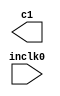
// megafunction wizard: %ALTPLL%VBB%
// GENERATION: STANDARD
// VERSION: WM1.0
// MODULE: altpll 

// ============================================================
// Megafunction Name(s):
// 			altpll
//
// Simulation Library Files(s):
// 			altera_mf
// ============================================================
// ************************************************************
// THIS IS A WIZARD-GENERATED FILE. DO NOT EDIT THIS FILE!
//
// 18.1.0 Build 625 09/12/2018 SJ Lite Edition
// ************************************************************

//Copyright (C) 2018  Intel Corporation. All rights reserved.
//Your use of Intel Corporation's design tools, logic functions 
//and other software and tools, and its AMPP partner logic 
//functions, and any output files from any of the foregoing 
//(including device programming or simulation files), and any 
//associated documentation or information are expressly subject 
//to the terms and conditions of the Intel Program License 
//Subscription Agreement, the Intel Quartus Prime License Agreement,
//the Intel FPGA IP License Agreement, or other applicable license
//agreement, including, without limitation, that your use is for
//the sole purpose of programming logic devices manufactured by
//Intel and sold by Intel or its authorized distributors.  Please
//refer to the applicable agreement for further details.

module cpu_pll (
	inclk0,
	c1);

	input	  inclk0;
	output	  c1;

endmodule

// ============================================================
// CNX file retrieval info
// ============================================================
// Retrieval info: PRIVATE: ACTIVECLK_CHECK STRING "0"
// Retrieval info: PRIVATE: BANDWIDTH STRING "1.000"
// Retrieval info: PRIVATE: BANDWIDTH_FEATURE_ENABLED STRING "1"
// Retrieval info: PRIVATE: BANDWIDTH_FREQ_UNIT STRING "MHz"
// Retrieval info: PRIVATE: BANDWIDTH_PRESET STRING "Low"
// Retrieval info: PRIVATE: BANDWIDTH_USE_AUTO STRING "1"
// Retrieval info: PRIVATE: BANDWIDTH_USE_PRESET STRING "0"
// Retrieval info: PRIVATE: CLKBAD_SWITCHOVER_CHECK STRING "0"
// Retrieval info: PRIVATE: CLKLOSS_CHECK STRING "0"
// Retrieval info: PRIVATE: CLKSWITCH_CHECK STRING "0"
// Retrieval info: PRIVATE: CNX_NO_COMPENSATE_RADIO STRING "0"
// Retrieval info: PRIVATE: CREATE_CLKBAD_CHECK STRING "0"
// Retrieval info: PRIVATE: CREATE_INCLK1_CHECK STRING "0"
// Retrieval info: PRIVATE: CUR_DEDICATED_CLK STRING "c1"
// Retrieval info: PRIVATE: CUR_FBIN_CLK STRING "c0"
// Retrieval info: PRIVATE: DEVICE_SPEED_GRADE STRING "Any"
// Retrieval info: PRIVATE: DIV_FACTOR1 NUMERIC "1"
// Retrieval info: PRIVATE: DUTY_CYCLE1 STRING "50.00000000"
// Retrieval info: PRIVATE: EFF_OUTPUT_FREQ_VALUE1 STRING "3.250000"
// Retrieval info: PRIVATE: EXPLICIT_SWITCHOVER_COUNTER STRING "0"
// Retrieval info: PRIVATE: EXT_FEEDBACK_RADIO STRING "0"
// Retrieval info: PRIVATE: GLOCKED_COUNTER_EDIT_CHANGED STRING "1"
// Retrieval info: PRIVATE: GLOCKED_FEATURE_ENABLED STRING "0"
// Retrieval info: PRIVATE: GLOCKED_MODE_CHECK STRING "0"
// Retrieval info: PRIVATE: GLOCK_COUNTER_EDIT NUMERIC "1048575"
// Retrieval info: PRIVATE: HAS_MANUAL_SWITCHOVER STRING "1"
// Retrieval info: PRIVATE: INCLK0_FREQ_EDIT STRING "50.000"
// Retrieval info: PRIVATE: INCLK0_FREQ_UNIT_COMBO STRING "MHz"
// Retrieval info: PRIVATE: INCLK1_FREQ_EDIT STRING "100.000"
// Retrieval info: PRIVATE: INCLK1_FREQ_EDIT_CHANGED STRING "1"
// Retrieval info: PRIVATE: INCLK1_FREQ_UNIT_CHANGED STRING "1"
// Retrieval info: PRIVATE: INCLK1_FREQ_UNIT_COMBO STRING "MHz"
// Retrieval info: PRIVATE: INTENDED_DEVICE_FAMILY STRING "Cyclone IV E"
// Retrieval info: PRIVATE: INT_FEEDBACK__MODE_RADIO STRING "1"
// Retrieval info: PRIVATE: LOCKED_OUTPUT_CHECK STRING "0"
// Retrieval info: PRIVATE: LONG_SCAN_RADIO STRING "1"
// Retrieval info: PRIVATE: LVDS_MODE_DATA_RATE STRING "Not Available"
// Retrieval info: PRIVATE: LVDS_MODE_DATA_RATE_DIRTY NUMERIC "0"
// Retrieval info: PRIVATE: LVDS_PHASE_SHIFT_UNIT1 STRING "ps"
// Retrieval info: PRIVATE: MIG_DEVICE_SPEED_GRADE STRING "Any"
// Retrieval info: PRIVATE: MIRROR_CLK1 STRING "0"
// Retrieval info: PRIVATE: MULT_FACTOR1 NUMERIC "1"
// Retrieval info: PRIVATE: NORMAL_MODE_RADIO STRING "1"
// Retrieval info: PRIVATE: OUTPUT_FREQ1 STRING "3.25000000"
// Retrieval info: PRIVATE: OUTPUT_FREQ_MODE1 STRING "1"
// Retrieval info: PRIVATE: OUTPUT_FREQ_UNIT1 STRING "MHz"
// Retrieval info: PRIVATE: PHASE_RECONFIG_FEATURE_ENABLED STRING "1"
// Retrieval info: PRIVATE: PHASE_RECONFIG_INPUTS_CHECK STRING "0"
// Retrieval info: PRIVATE: PHASE_SHIFT1 STRING "0.00000000"
// Retrieval info: PRIVATE: PHASE_SHIFT_STEP_ENABLED_CHECK STRING "0"
// Retrieval info: PRIVATE: PHASE_SHIFT_UNIT1 STRING "ps"
// Retrieval info: PRIVATE: PLL_ADVANCED_PARAM_CHECK STRING "0"
// Retrieval info: PRIVATE: PLL_ARESET_CHECK STRING "0"
// Retrieval info: PRIVATE: PLL_AUTOPLL_CHECK NUMERIC "1"
// Retrieval info: PRIVATE: PLL_ENHPLL_CHECK NUMERIC "0"
// Retrieval info: PRIVATE: PLL_FASTPLL_CHECK NUMERIC "0"
// Retrieval info: PRIVATE: PLL_FBMIMIC_CHECK STRING "0"
// Retrieval info: PRIVATE: PLL_LVDS_PLL_CHECK NUMERIC "0"
// Retrieval info: PRIVATE: PLL_PFDENA_CHECK STRING "0"
// Retrieval info: PRIVATE: PLL_TARGET_HARCOPY_CHECK NUMERIC "0"
// Retrieval info: PRIVATE: PRIMARY_CLK_COMBO STRING "inclk0"
// Retrieval info: PRIVATE: RECONFIG_FILE STRING "cpu_pll.mif"
// Retrieval info: PRIVATE: SACN_INPUTS_CHECK STRING "0"
// Retrieval info: PRIVATE: SCAN_FEATURE_ENABLED STRING "1"
// Retrieval info: PRIVATE: SELF_RESET_LOCK_LOSS STRING "0"
// Retrieval info: PRIVATE: SHORT_SCAN_RADIO STRING "0"
// Retrieval info: PRIVATE: SPREAD_FEATURE_ENABLED STRING "0"
// Retrieval info: PRIVATE: SPREAD_FREQ STRING "50.000"
// Retrieval info: PRIVATE: SPREAD_FREQ_UNIT STRING "KHz"
// Retrieval info: PRIVATE: SPREAD_PERCENT STRING "0.500"
// Retrieval info: PRIVATE: SPREAD_USE STRING "0"
// Retrieval info: PRIVATE: SRC_SYNCH_COMP_RADIO STRING "0"
// Retrieval info: PRIVATE: STICKY_CLK1 STRING "1"
// Retrieval info: PRIVATE: SWITCHOVER_COUNT_EDIT NUMERIC "1"
// Retrieval info: PRIVATE: SWITCHOVER_FEATURE_ENABLED STRING "1"
// Retrieval info: PRIVATE: SYNTH_WRAPPER_GEN_POSTFIX STRING "0"
// Retrieval info: PRIVATE: USE_CLK1 STRING "1"
// Retrieval info: PRIVATE: USE_CLKENA1 STRING "0"
// Retrieval info: PRIVATE: USE_MIL_SPEED_GRADE NUMERIC "0"
// Retrieval info: PRIVATE: ZERO_DELAY_RADIO STRING "0"
// Retrieval info: LIBRARY: altera_mf altera_mf.altera_mf_components.all
// Retrieval info: CONSTANT: BANDWIDTH_TYPE STRING "AUTO"
// Retrieval info: CONSTANT: CLK1_DIVIDE_BY NUMERIC "200"
// Retrieval info: CONSTANT: CLK1_DUTY_CYCLE NUMERIC "50"
// Retrieval info: CONSTANT: CLK1_MULTIPLY_BY NUMERIC "13"
// Retrieval info: CONSTANT: CLK1_PHASE_SHIFT STRING "0"
// Retrieval info: CONSTANT: COMPENSATE_CLOCK STRING "CLK1"
// Retrieval info: CONSTANT: INCLK0_INPUT_FREQUENCY NUMERIC "20000"
// Retrieval info: CONSTANT: INTENDED_DEVICE_FAMILY STRING "Cyclone IV E"
// Retrieval info: CONSTANT: LPM_TYPE STRING "altpll"
// Retrieval info: CONSTANT: OPERATION_MODE STRING "NORMAL"
// Retrieval info: CONSTANT: PLL_TYPE STRING "AUTO"
// Retrieval info: CONSTANT: PORT_ACTIVECLOCK STRING "PORT_UNUSED"
// Retrieval info: CONSTANT: PORT_ARESET STRING "PORT_UNUSED"
// Retrieval info: CONSTANT: PORT_CLKBAD0 STRING "PORT_UNUSED"
// Retrieval info: CONSTANT: PORT_CLKBAD1 STRING "PORT_UNUSED"
// Retrieval info: CONSTANT: PORT_CLKLOSS STRING "PORT_UNUSED"
// Retrieval info: CONSTANT: PORT_CLKSWITCH STRING "PORT_UNUSED"
// Retrieval info: CONSTANT: PORT_CONFIGUPDATE STRING "PORT_UNUSED"
// Retrieval info: CONSTANT: PORT_FBIN STRING "PORT_UNUSED"
// Retrieval info: CONSTANT: PORT_INCLK0 STRING "PORT_USED"
// Retrieval info: CONSTANT: PORT_INCLK1 STRING "PORT_UNUSED"
// Retrieval info: CONSTANT: PORT_LOCKED STRING "PORT_UNUSED"
// Retrieval info: CONSTANT: PORT_PFDENA STRING "PORT_UNUSED"
// Retrieval info: CONSTANT: PORT_PHASECOUNTERSELECT STRING "PORT_UNUSED"
// Retrieval info: CONSTANT: PORT_PHASEDONE STRING "PORT_UNUSED"
// Retrieval info: CONSTANT: PORT_PHASESTEP STRING "PORT_UNUSED"
// Retrieval info: CONSTANT: PORT_PHASEUPDOWN STRING "PORT_UNUSED"
// Retrieval info: CONSTANT: PORT_PLLENA STRING "PORT_UNUSED"
// Retrieval info: CONSTANT: PORT_SCANACLR STRING "PORT_UNUSED"
// Retrieval info: CONSTANT: PORT_SCANCLK STRING "PORT_UNUSED"
// Retrieval info: CONSTANT: PORT_SCANCLKENA STRING "PORT_UNUSED"
// Retrieval info: CONSTANT: PORT_SCANDATA STRING "PORT_UNUSED"
// Retrieval info: CONSTANT: PORT_SCANDATAOUT STRING "PORT_UNUSED"
// Retrieval info: CONSTANT: PORT_SCANDONE STRING "PORT_UNUSED"
// Retrieval info: CONSTANT: PORT_SCANREAD STRING "PORT_UNUSED"
// Retrieval info: CONSTANT: PORT_SCANWRITE STRING "PORT_UNUSED"
// Retrieval info: CONSTANT: PORT_clk0 STRING "PORT_UNUSED"
// Retrieval info: CONSTANT: PORT_clk1 STRING "PORT_USED"
// Retrieval info: CONSTANT: PORT_clk2 STRING "PORT_UNUSED"
// Retrieval info: CONSTANT: PORT_clk3 STRING "PORT_UNUSED"
// Retrieval info: CONSTANT: PORT_clk4 STRING "PORT_UNUSED"
// Retrieval info: CONSTANT: PORT_clk5 STRING "PORT_UNUSED"
// Retrieval info: CONSTANT: PORT_clkena0 STRING "PORT_UNUSED"
// Retrieval info: CONSTANT: PORT_clkena1 STRING "PORT_UNUSED"
// Retrieval info: CONSTANT: PORT_clkena2 STRING "PORT_UNUSED"
// Retrieval info: CONSTANT: PORT_clkena3 STRING "PORT_UNUSED"
// Retrieval info: CONSTANT: PORT_clkena4 STRING "PORT_UNUSED"
// Retrieval info: CONSTANT: PORT_clkena5 STRING "PORT_UNUSED"
// Retrieval info: CONSTANT: PORT_extclk0 STRING "PORT_UNUSED"
// Retrieval info: CONSTANT: PORT_extclk1 STRING "PORT_UNUSED"
// Retrieval info: CONSTANT: PORT_extclk2 STRING "PORT_UNUSED"
// Retrieval info: CONSTANT: PORT_extclk3 STRING "PORT_UNUSED"
// Retrieval info: CONSTANT: WIDTH_CLOCK NUMERIC "5"
// Retrieval info: USED_PORT: @clk 0 0 5 0 OUTPUT_CLK_EXT VCC "@clk[4..0]"
// Retrieval info: USED_PORT: c1 0 0 0 0 OUTPUT_CLK_EXT VCC "c1"
// Retrieval info: USED_PORT: inclk0 0 0 0 0 INPUT_CLK_EXT GND "inclk0"
// Retrieval info: CONNECT: @inclk 0 0 1 1 GND 0 0 0 0
// Retrieval info: CONNECT: @inclk 0 0 1 0 inclk0 0 0 0 0
// Retrieval info: CONNECT: c1 0 0 0 0 @clk 0 0 1 1
// Retrieval info: GEN_FILE: TYPE_NORMAL cpu_pll.v TRUE
// Retrieval info: GEN_FILE: TYPE_NORMAL cpu_pll.ppf TRUE
// Retrieval info: GEN_FILE: TYPE_NORMAL cpu_pll.inc FALSE
// Retrieval info: GEN_FILE: TYPE_NORMAL cpu_pll.cmp FALSE
// Retrieval info: GEN_FILE: TYPE_NORMAL cpu_pll.bsf FALSE
// Retrieval info: GEN_FILE: TYPE_NORMAL cpu_pll_inst.v FALSE
// Retrieval info: GEN_FILE: TYPE_NORMAL cpu_pll_bb.v TRUE
// Retrieval info: LIB_FILE: altera_mf
// Retrieval info: CBX_MODULE_PREFIX: ON